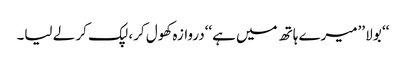
‘‘ بولا ’’میرے ہاتھ میں ہے‘‘دروازہ کھول کر، لپک کر لے لیا۔